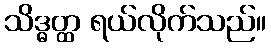
သိဒ္ဓတ္ထ ရယ်လိုက်သည်။